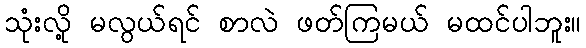
သုံးလို့ မလွယ်ရင် စာလဲ ဖတ်ကြမယ် မထင်ပါဘူး။